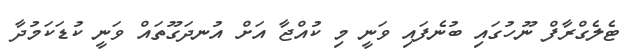
ޓެލެގްރާފް ނޫހުގައި ބުނެފައި ވަނީ މި ކުއްޖާ އަށް އުނދަގޫތައް ވަނީ ކުޑަކަމުދާ